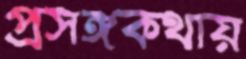
প্রসঙ্গকথায়